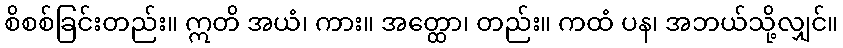
စိစစ်ခြင်းတည်း။ ဣတိ အယံ၊ ကား။ အတ္ထော၊ တည်း။ ကထံ ပန၊ အဘယ်သို့လျှင်။